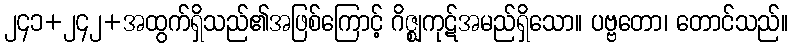
၂၄၁+၂၄၂+အထွက်ရှိသည်၏အဖြစ်ကြောင့် ဂိဇ္ဈကုဋ်အမည်ရှိသော။ ပဗ္ဗတော၊ တောင်သည်။